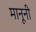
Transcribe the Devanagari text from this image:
मानूनी